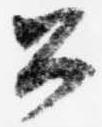
公